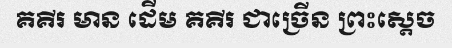
គគីរ មាន ដើម គគីរ ជាច្រើន ព្រះស្តេច